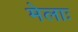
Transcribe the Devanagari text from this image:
मेलाः